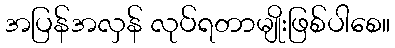
အပြန်အလှန် လုပ်ရတာမျိုးဖြစ်ပါစေ။